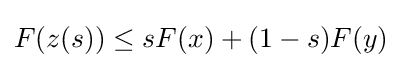
F(z(s))\leq sF(x)+(1-s)F(y)